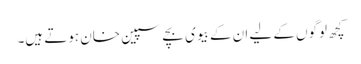
کچھ لوگوں کے لیے ان کے بیوی بچے سپین خان ہوتے ہیں۔